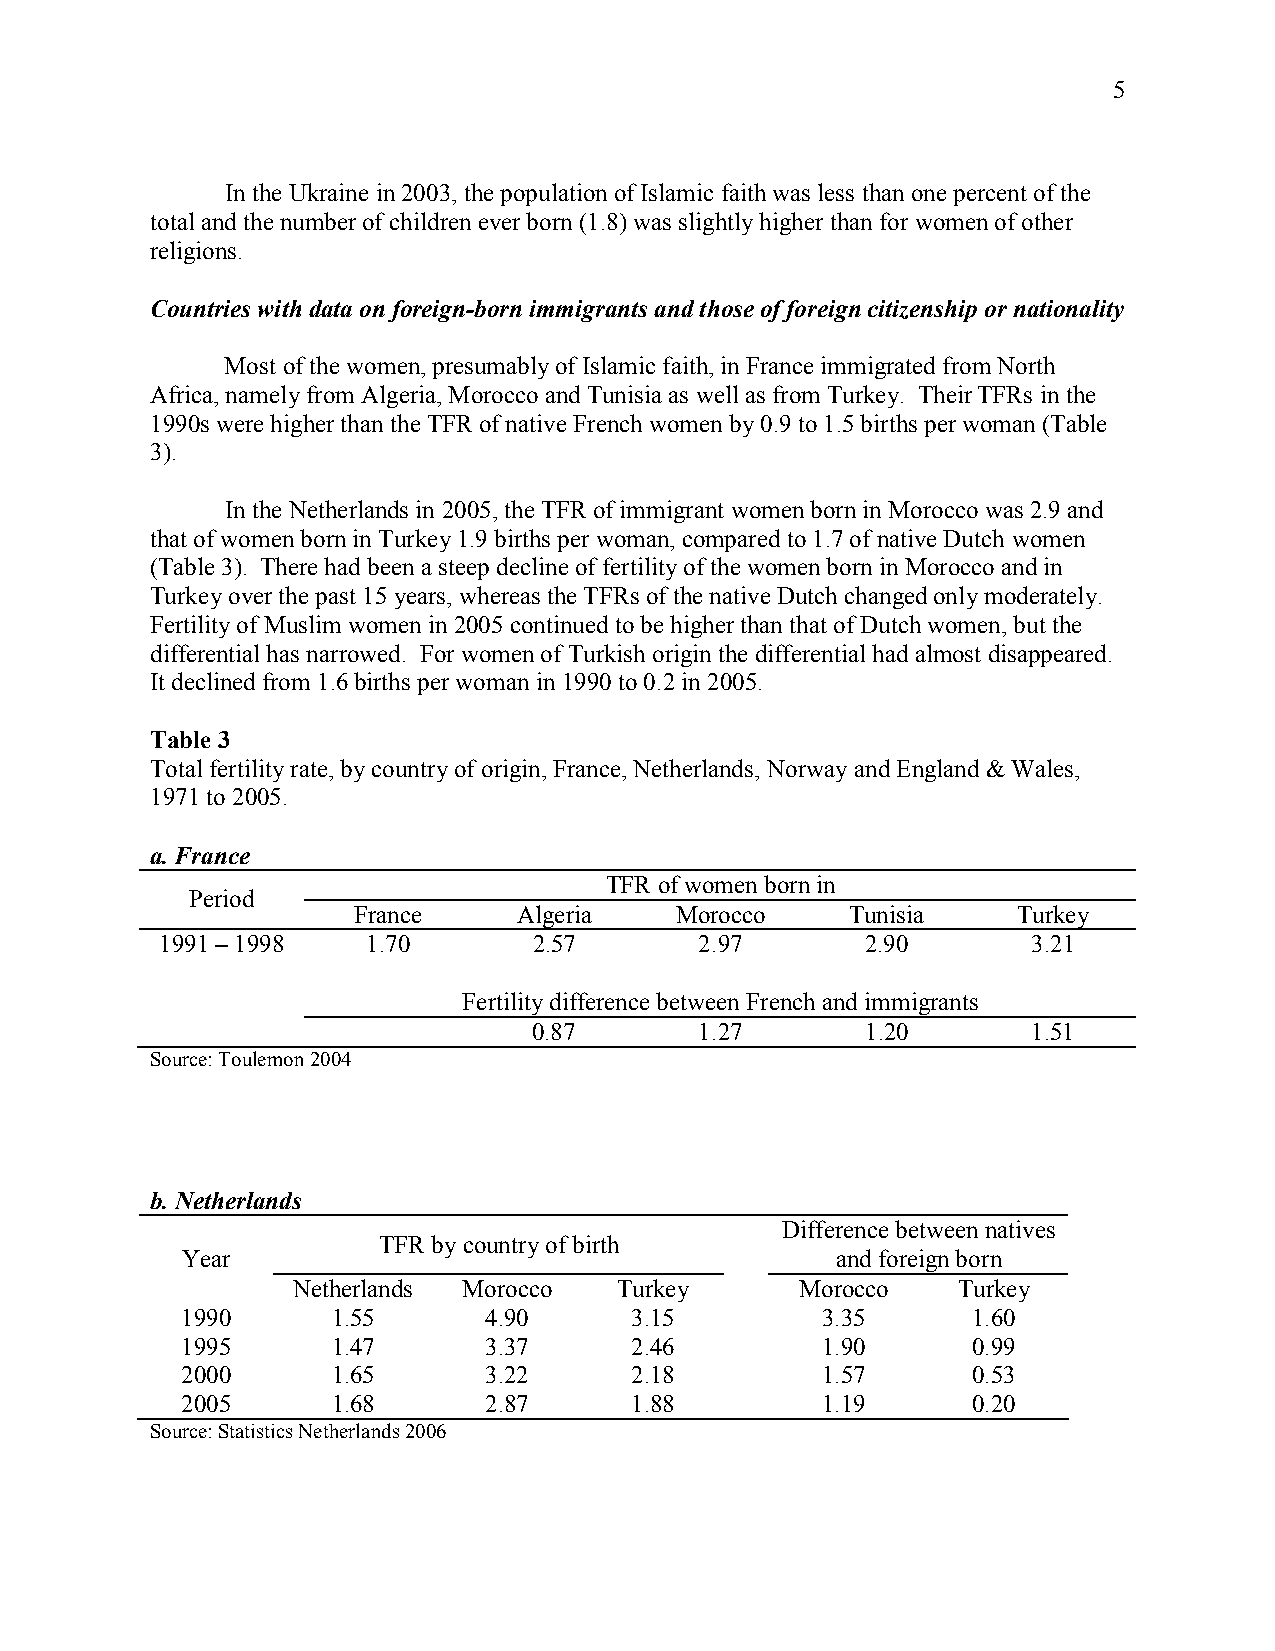
5
 In the Ukraine in 2003, the population of Islamic faith was less than one percent of the
 total and the number of children ever born (1.8) was slightly higher than for women of other
 religions.
 Countries with data on foreign-born immigrants and those of foreign citizenship or nationality
 Most of the women, presumably of Islamic faith, in France immigrated from North
 Africa, namely from Algeria, Morocco and Tunisia as well as from Turkey. Their TFRs in the
 1990s were higher than the TFR of native French women by 0.9 to 1.5 births per woman (Table
 3).
 In the Netherlands in 2005, the TFR of immigrant women born in Morocco was 2.9 and
 that of women born in Turkey 1.9 births per woman, compared to 1.7 of native Dutch women
 (Table 3). There had been a steep decline of fertility of the women born in Morocco and in
 Turkey over the past 15 years, whereas the TFRs of the native Dutch changed only moderately.
 Fertility of Muslim women in 2005 continued to be higher than that of Dutch women, but the
 differential has narrowed. For women of Turkish origin the differential had almost disappeared.
 It declined from 1.6 births per woman in 1990 to 0.2 in 2005.
 Table 3
 Total fertility rate, by country of origin, France, Netherlands, Norway and England & Wales,
 1971 to 2005.
 a. France
 TFR of women born in
 Period
 France     Algeria    Morocco    Tunisia    Turkey
 1991 – 1998  1.70       2.57       2.97       2.90       3.21
 Fertility difference between French and immigrants
 0.87       1.27       1.20       1.51
 Source: Toulemon 2004
 b. Netherlands
 Difference between natives
 TFR by country of birth
 Year                                       and foreign born
 Netherlands Morocco   Turkey      Morocco   Turkey
 1990      1.55      4.90      3.15        3.35      1.60
 1995      1.47      3.37      2.46        1.90      0.99
 2000      1.65      3.22      2.18        1.57      0.53
 2005      1.68      2.87      1.88        1.19      0.20
 Source: Statistics Netherlands 2006